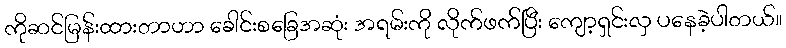
ကိုဆင်မြန်းထားတာဟာ ခေါင်းစခြေအဆုံး အရမ်းကို လိုက်ဖက်ပြီး ကျော့ရှင်းလှ ပနေခဲ့ပါတယ်။